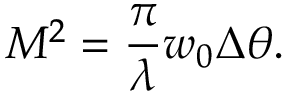
M ^ { 2 } = \frac { \pi } { \lambda } w _ { 0 } \Delta \theta .